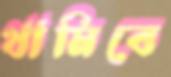
থামিবে